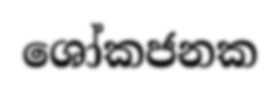
ශෝකජනක